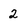
Character: 2